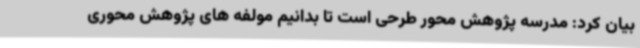
بیان کرد: مدرسه پژوهش محور طرحی است تا بدانیم مولفه های پژوهش محوری